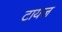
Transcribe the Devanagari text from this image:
टायज